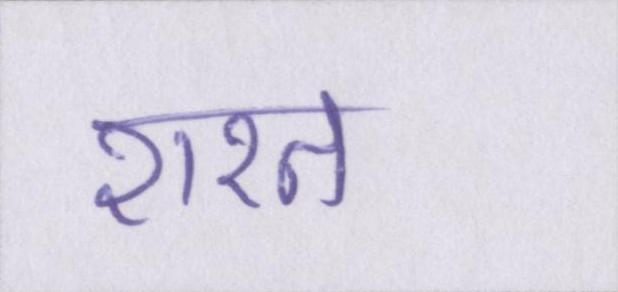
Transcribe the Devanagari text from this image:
शरत